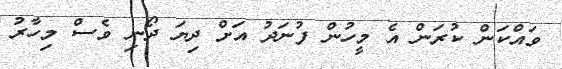
ވައްކަން ކުރަން އެ މީހުން ފުނަދު އަށް ދިޔަ ދޯނި ވެސް މިހާރު